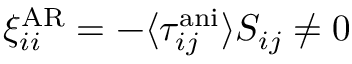
\xi _ { i i } ^ { \mathrm { A R } } = - \langle \tau _ { i j } ^ { \mathrm { a n i } } \rangle S _ { i j } \neq 0